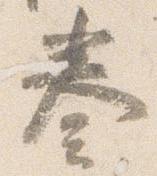
奏